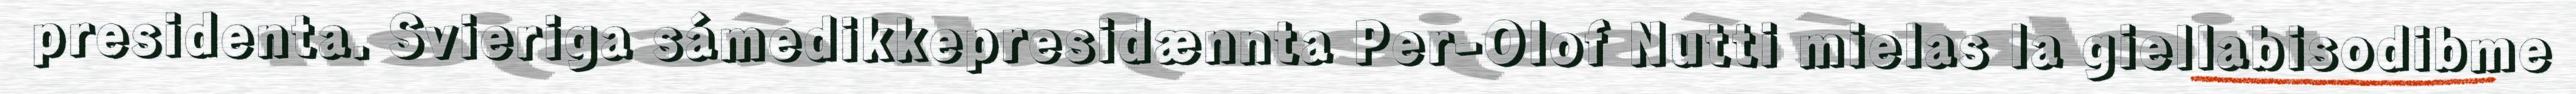
presidenta. Svieriga sámedikkepresidænnta Per-Olof Nutti mielas la giellabisodibme